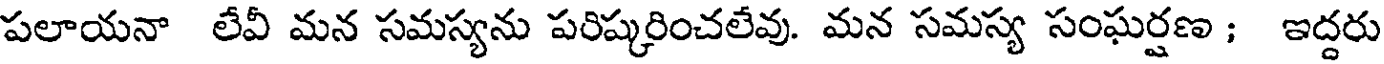
పలాయనా లేవీ మన సమస్యను పరిష్కరించలేవు. మన సమస్య సంఘర్షణ ; ఇద్దరు